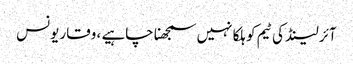
آئر لینڈ کی ٹیم کو ہلکا نہیں سمجھنا چاہیے ، وقار یونس